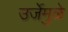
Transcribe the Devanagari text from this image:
उर्जेमुळे